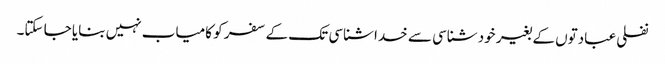
نفلی عبادتوں کے بغیر خود شناسی سے خدا شناسی تک کے سفر کو کامیاب نہیں بنایا جا سکتا۔